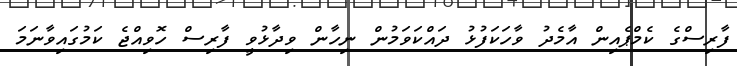
ފާރިސްގެ ކެމްޕެއިން އާމެދު ވާހަކަފުޅު ދައްކަވަމުން ނިހާން ވިދާޅުވީ ފާރިސް ހޮވިއްޖެ ކަމުގައިވާނަމަ